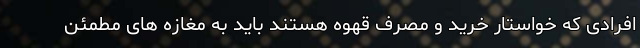
افرادی که خواستار خرید و مصرف قهوه هستند باید به مغازه های مطمئن